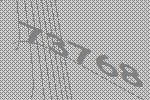
73768